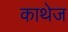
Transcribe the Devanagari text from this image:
काथेज